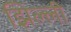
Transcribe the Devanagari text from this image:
झिल्‍ली